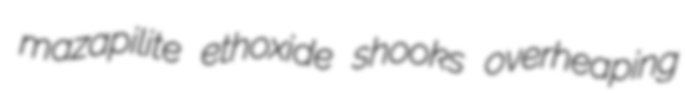
mazapilite ethoxide shooks overheaping